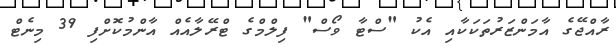
ރާއްޖޭގެ އާމަންޒަރުތަކަކާއި އެކު "ސްޓާ ވޯސް" ފިލްމްގެ ޓްރޭލާއެއް އާންމުކޮށްފި 39 މިނެޓް